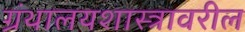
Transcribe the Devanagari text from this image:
ग्रंथालयशास्त्रावरील